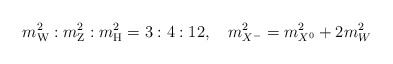
\begin{align*}m_{\rm W}^2:m_{\rm Z}^2:m_{\rm H}^2=3:4:12,\quad m^2_{X^-}=m^2_{X^0}+2m^2_W\end{align*}